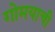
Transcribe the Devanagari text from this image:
गोमयाची